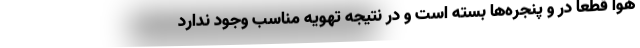
هوا قطعا در و پنجره‌ها بسته است و در نتیجه تهویه مناسب وجود ندارد